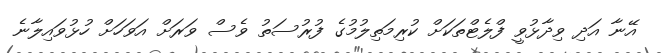
އޭނާ އަދި ވިދާޅުވީ ފްލެޓްތަކަށް ކުރިމަތިލުމުގެ ފުރުސަތު ވެސް ވަަރަށް އަވަހަށް ހުޅުވައިލާނެ